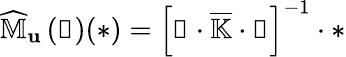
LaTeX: \widehat{\mathbb{M}}_{\mathbf{u}}\left(\boldsymbol{\upxi}\right)(\ast)=\left[\boldsymbol{\upxi}\cdot\overline{{\mathbb{K}}}\cdot\boldsymbol{\upxi}\right]^{-1}\cdot\ast